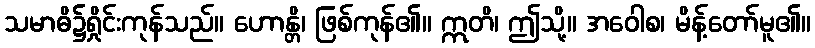
သမာဓိ၌ရှိုင်းကုန်သည်။ ဟောန္တိ၊ ဖြစ်ကုန်၏။ ဣတိ၊ ဤသို့။ အဝေါစ၊ မိန့်တော်မူ၏။